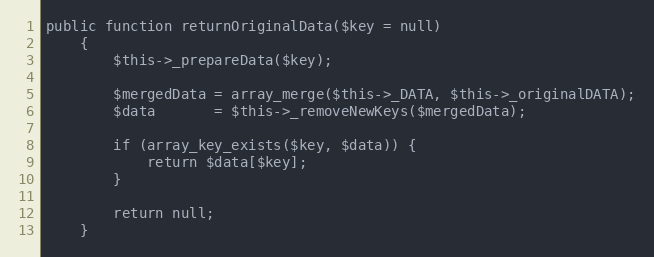
Language: PHP
public function returnOriginalData($key = null)
    {
        $this->_prepareData($key);

        $mergedData = array_merge($this->_DATA, $this->_originalDATA);
        $data       = $this->_removeNewKeys($mergedData);

        if (array_key_exists($key, $data)) {
            return $data[$key];
        }

        return null;
    }